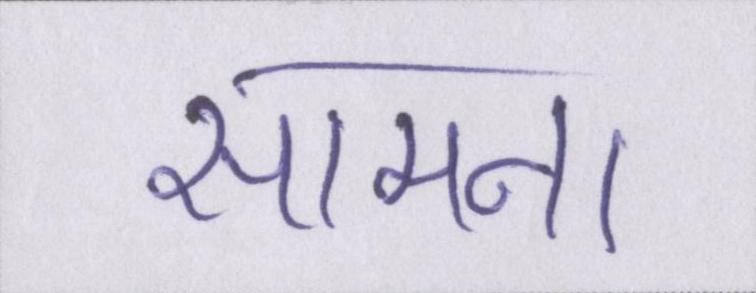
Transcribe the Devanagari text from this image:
सामना